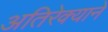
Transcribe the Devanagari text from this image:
अतिरेक्याने